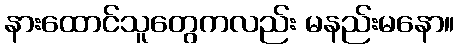
နားထောင်သူတွေကလည်း မနည်းမနော။